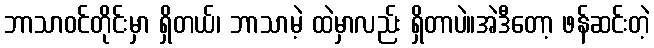
ဘာသာဝင်တိုင်းမှာ ရှိတယ်၊ ဘာသာမဲ့ ထဲမှာလည်း ရှိတာပဲ။အဲဒီတော့ ဖန်ဆင်းတဲ့